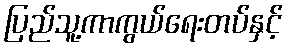
ပြည်သူ့ကာကွယ်ရေးတပ်နှင့်